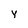
Character: Y